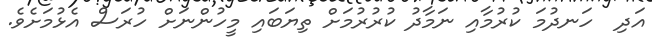
އަދި  ހަނދުމަ ކުރުމާއި ނަމާދު ކުރުރުމަށް ތިޔަބައި މީހުންނަށް ހުރަސް އެޅުމަށެވެ.